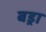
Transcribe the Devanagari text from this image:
बड्रा